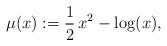
LaTeX: \begin{align*} \mu(x) := \frac12\, x^2 - \log(x),\end{align*}